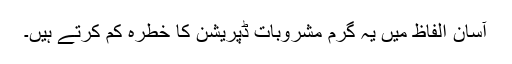
آسان الفاظ میں یہ گرم مشروبات ڈپریشن کا خطرہ کم کرتے ہیں۔